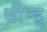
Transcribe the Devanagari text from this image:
छीन्द्